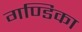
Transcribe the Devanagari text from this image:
गण्डिका